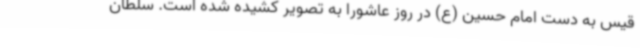
قیس به دست امام حسین (ع) در روز عاشورا به تصویر کشیده شده است. سلطان